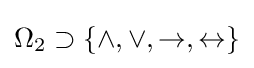
\Omega _{2}\supset \{\land ,\lor ,\rightarrow ,\leftrightarrow \}